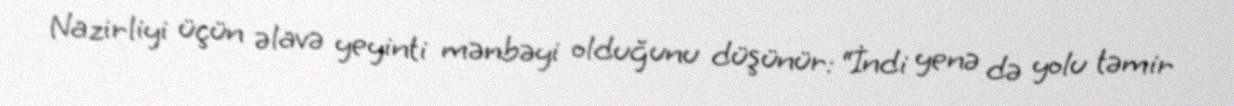
Nazirliyi üçün əlavə yeyinti mənbəyi olduğunu düşünür: “İndi yenə də yolu təmir